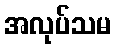
အလုပ်သမ